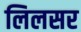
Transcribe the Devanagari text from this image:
लिलसर